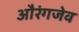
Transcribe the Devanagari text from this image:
औरंगजेव